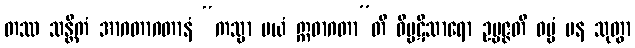
တဿ သန္တိကံ အာဂတာဂတာနံ “ကသ္မာ မယံ ဣဓာဂတာ”တိ ဝိပ္ပဋိသာရော ဥပ္ပဇ္ဇတိ ဓမ္မံ ပန သုတွာ